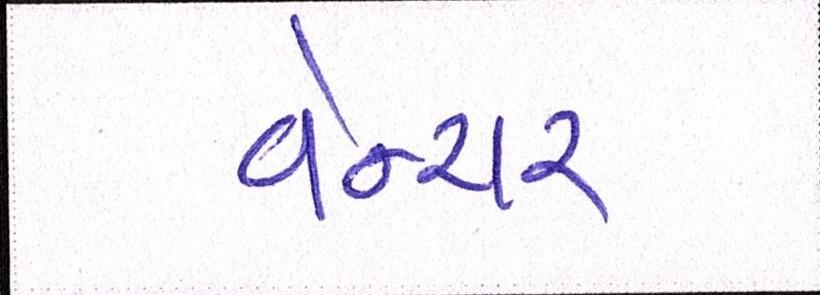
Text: વેન્ચર